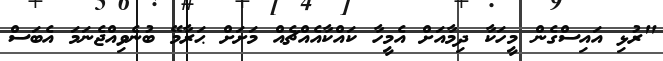
"ރުޅި އައިސްގެން މީހަކާ ދިމާއަށް އެމީހާ ކައްކާއެއްޗެއް މަށަށް ޙަރާމޭ ބުނެވިއްޖެނަމަ އެބަސް